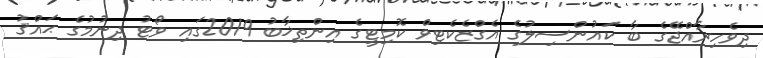
ދިވެހިރާއްޖޭގެ ބާ ކައުންސިލުގެ އެގްޒެކެޓިވް ކޮމިޓީގެ އިންތިޚާބު 2019ގައި ވޯޓު ދިނުމުގެ ޙައްޤު